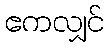
ဧကလျှင်